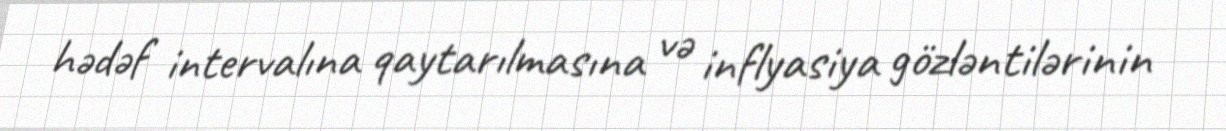
hədəf intervalına qaytarılmasına və inflyasiya gözləntilərinin